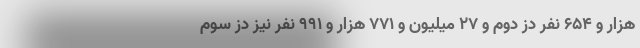
هزار و ۶۵۴ نفر دُز دوم و ۲۷ میلیون و ۷۷۱ هزار و ۹۹۱ نفر نیز دُز سوم